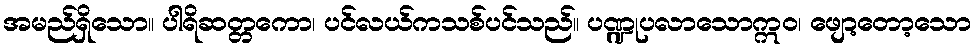
အမည်ရှိသော။ ပါရိဆတ္တကော၊ ပင်လယ်ကသစ်ပင်သည်။ ပဏ္ဍုပလာသောဣဝ၊ ဖျော့တော့သော